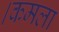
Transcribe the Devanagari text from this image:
।कमला